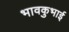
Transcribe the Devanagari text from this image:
भावकुभाई